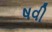
ષવી